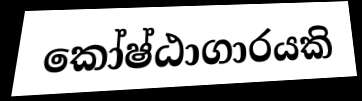
කෝෂ්ඨාගාරයකි